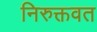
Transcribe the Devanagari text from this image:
निरुक्तवत